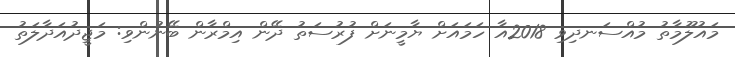
މައުލޫމާތު މުއްސަނދިވި 2018އާ ހަމައަށް ޔާމީނަށް ފުރުސަތު ދޭން އިމްރާން ބޭނުންވި: މަޖީދުއަދާލަތު